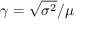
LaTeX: \gamma = { \sqrt { \sigma ^ { 2 } } } / \mu